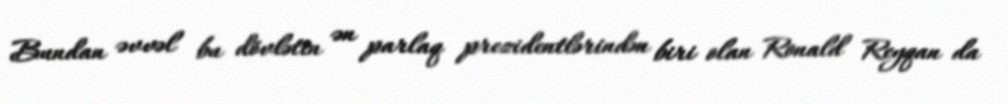
Bundan əvvəl bu dövlətin ən parlaq prezidentlərindən biri olan Ronald Reyqan da